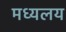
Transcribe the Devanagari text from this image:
मध्‍यलय